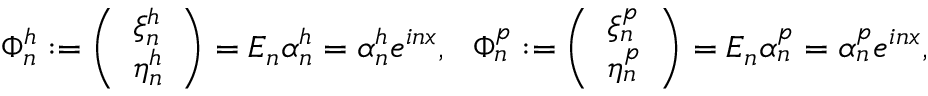
\Phi _ { n } ^ { h } : = \left( \begin{array} { l } { \xi _ { n } ^ { h } } \\ { \eta _ { n } ^ { h } } \end{array} \right) = E _ { n } \alpha _ { n } ^ { h } = \alpha _ { n } ^ { h } e ^ { i n x } , \ \ \Phi _ { n } ^ { p } : = \left( \begin{array} { l } { \xi _ { n } ^ { p } } \\ { \eta _ { n } ^ { p } } \end{array} \right) = E _ { n } \alpha _ { n } ^ { p } = \alpha _ { n } ^ { p } e ^ { i n x } ,